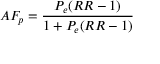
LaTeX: A F _ { p } = { \frac { P _ { e } ( R R - 1 ) } { 1 + P _ { e } ( R R - 1 ) } }